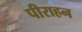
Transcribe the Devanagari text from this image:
पीराहन